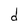
Character: d